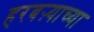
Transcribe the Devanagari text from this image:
हरबऱ्याच्या